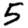
Digit: 5